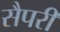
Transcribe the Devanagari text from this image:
सैपरी